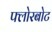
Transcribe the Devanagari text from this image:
फ्लोरबोट